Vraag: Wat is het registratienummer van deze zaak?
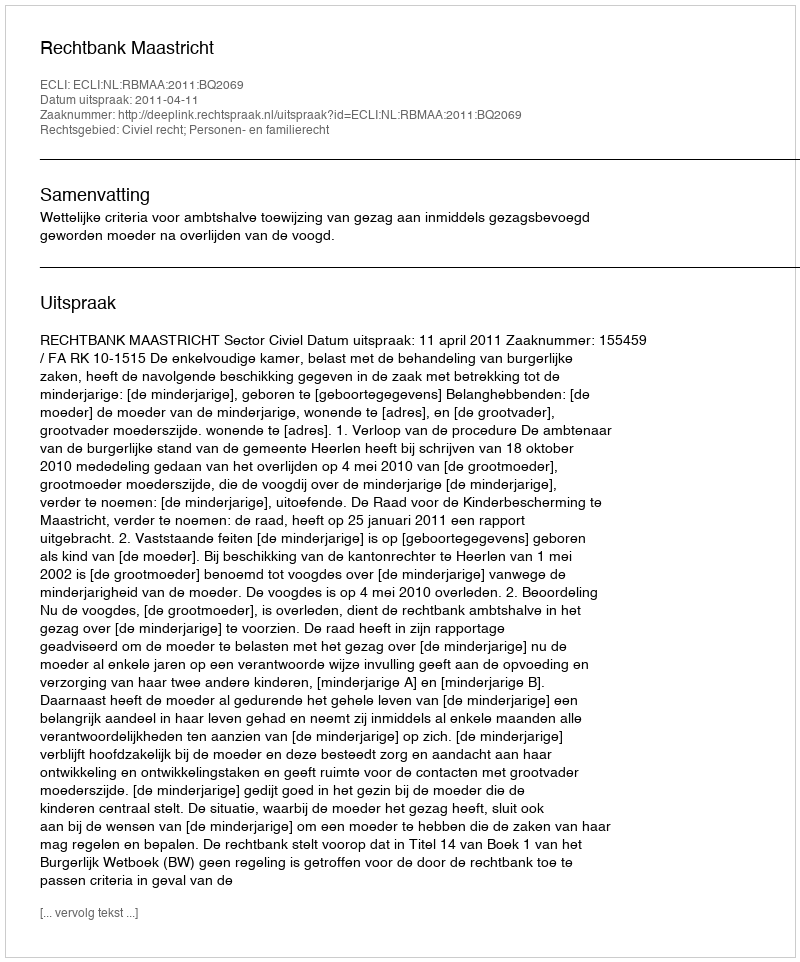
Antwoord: http://deeplink.rechtspraak.nl/uitspraak?id=ECLI:NL:RBMAA:2011:BQ2069